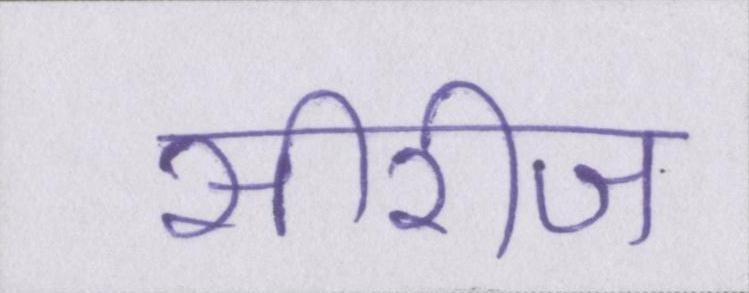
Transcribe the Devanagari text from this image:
सीरीज